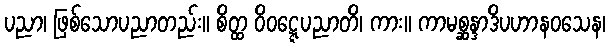
ပညာ၊ ဖြစ်သောပညာတည်း။ စိတ္ထ ဝိဝဋ္ဋေပညာတိ၊ ကား။ ကာမစ္ဆန္ဒာဒိပဟာနဝသေန၊